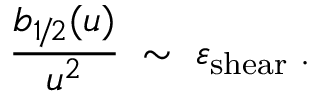
\frac { b _ { 1 \! / \! 2 } ( u ) } { u ^ { 2 } } \; \sim \; \varepsilon _ { \mathrm { \scriptsize { s h e a r } } } \; .